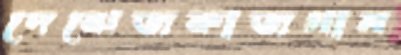
দেঝেজকাজগান